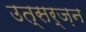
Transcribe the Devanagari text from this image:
उत्सर्ज़न